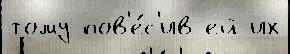
тому пов'е́с'ив ей их